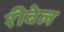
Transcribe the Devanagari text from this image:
रीबेल